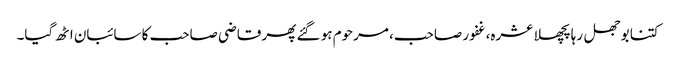
کتنا بوجھل رہا پچھلا عشرہ، غفور صاحب، مرحوم ہو گئے پھر قاضی صاحب کا سائبان اٹھ گیا۔